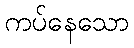
ကပ်နေသော